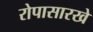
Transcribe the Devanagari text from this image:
रोपासारखे